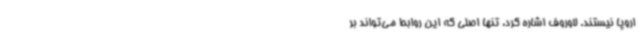
اروپا نیستند. لاوروف اشاره کرد، تنها اصلی که این روابط می‌تواند بر